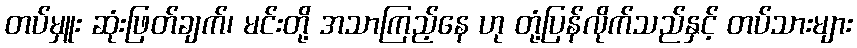
တပ်မှူး ဆုံးဖြတ်ချက်၊ မင်းတို့ အသာကြည့်နေ ဟု တုံ့ပြန်လိုက်သည်နှင့် တပ်သားများ